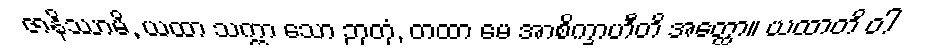
ဇာနိဿာမိ, ယထာ သက္ကာ သော ဉာတုံ, တထာ မေ အာစိက္ခာဟီတိ အတ္ထော။ ယထာတိ ဝါ